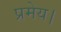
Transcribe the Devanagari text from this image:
प्रमेय।